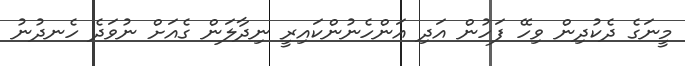
މީނަގެ ދެކުދިން ވިހޭ ފަހުން އަދި އަންހެނުންކައިރީ ނިދާލަން ގެއަށް ނުވަދެ ހެނދުނު